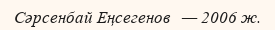
Сәрсенбай Еңсегенов   — 2006 ж.